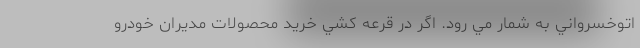
اتوخسرواني به شمار مي رود. اگر در قرعه كشي خريد محصولات مديران خودرو